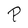
Character: P